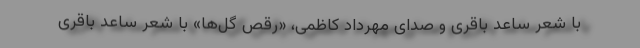
با شعر ساعد باقری و صدای مهرداد کاظمی، «رقص گل‌ها» با شعر ساعد باقری